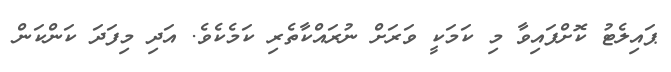
ޕައިލެޓު ކޮށްފައިވާ މި ކަމަކީ ވަރަށް ނުރައްކާތެރި ކަމެކެވެ. އަދި މިފަދަ ކަންކަން